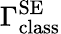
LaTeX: \Gamma_{\mathrm{class}}^{\mathrm{SE}}